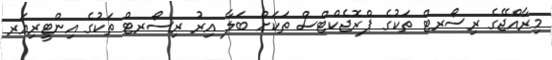
މިރާއްޖޭގެ ރިސޯރޓް ތަކުގެ ޕްރޮޖެކްޓްސް ތަކަށް ބަލާ އިރު ރިސޯރޓް ތަކުގެ އިންޓީރިއަރ